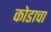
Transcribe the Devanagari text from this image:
कोडाचा